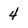
Character: 4